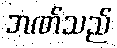
ဘဏ်သည်